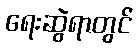
ရေးဆွဲရာတွင်